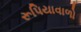
રૂપિયાવાળો